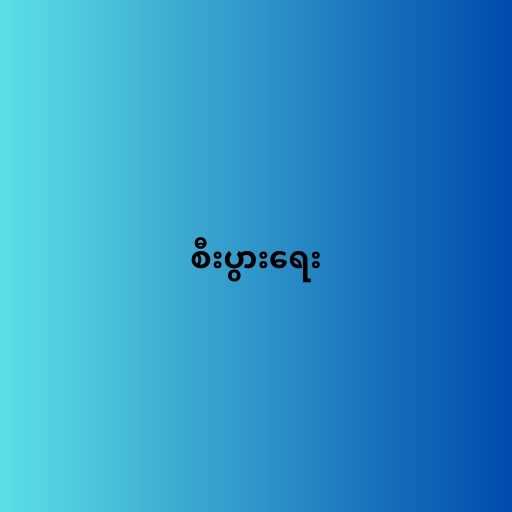
စီးပွားရေး